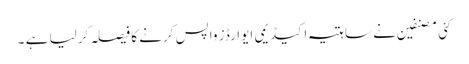
کئی مصنفین نے ساہتیہ اکیڈیمی ایوارڈز واپس کرنے کا فیصلہ کرلیا ہے ۔